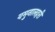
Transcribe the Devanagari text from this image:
यमुनालहरी